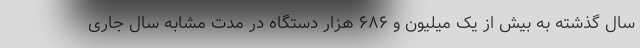
سال گذشته به بیش از یک میلیون و ۶۸۶ هزار دستگاه در مدت مشابه سال جاری